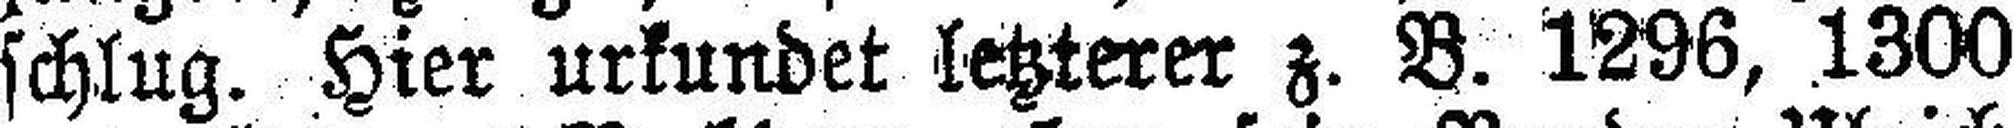
schlug. Hier urkundet letzterer z. B. 1296, 1300